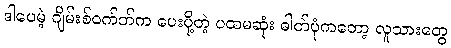
ဒါပေမဲ့ ဂျိမ်းစ်ဝက်ဘ်က ပေးပို့တဲ့ ပထမဆုံး ဓါတ်ပုံကတော့ လူသားတွေ